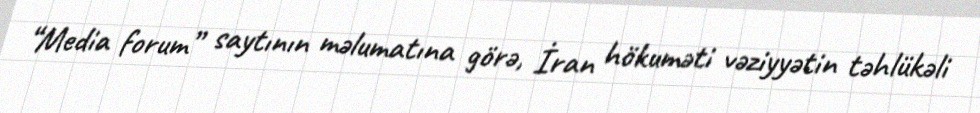
“Media forum” saytının məlumatına görə, İran hökuməti vəziyyətin təhlükəli